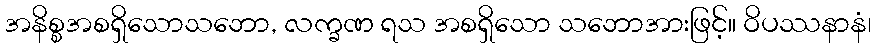
အနိစ္စအစရှိသောသဘော, လက္ခဏ ရသ အစရှိသော သဘောအားဖြင့်။ ဝိပဿနာနံ၊